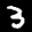
Label: 3